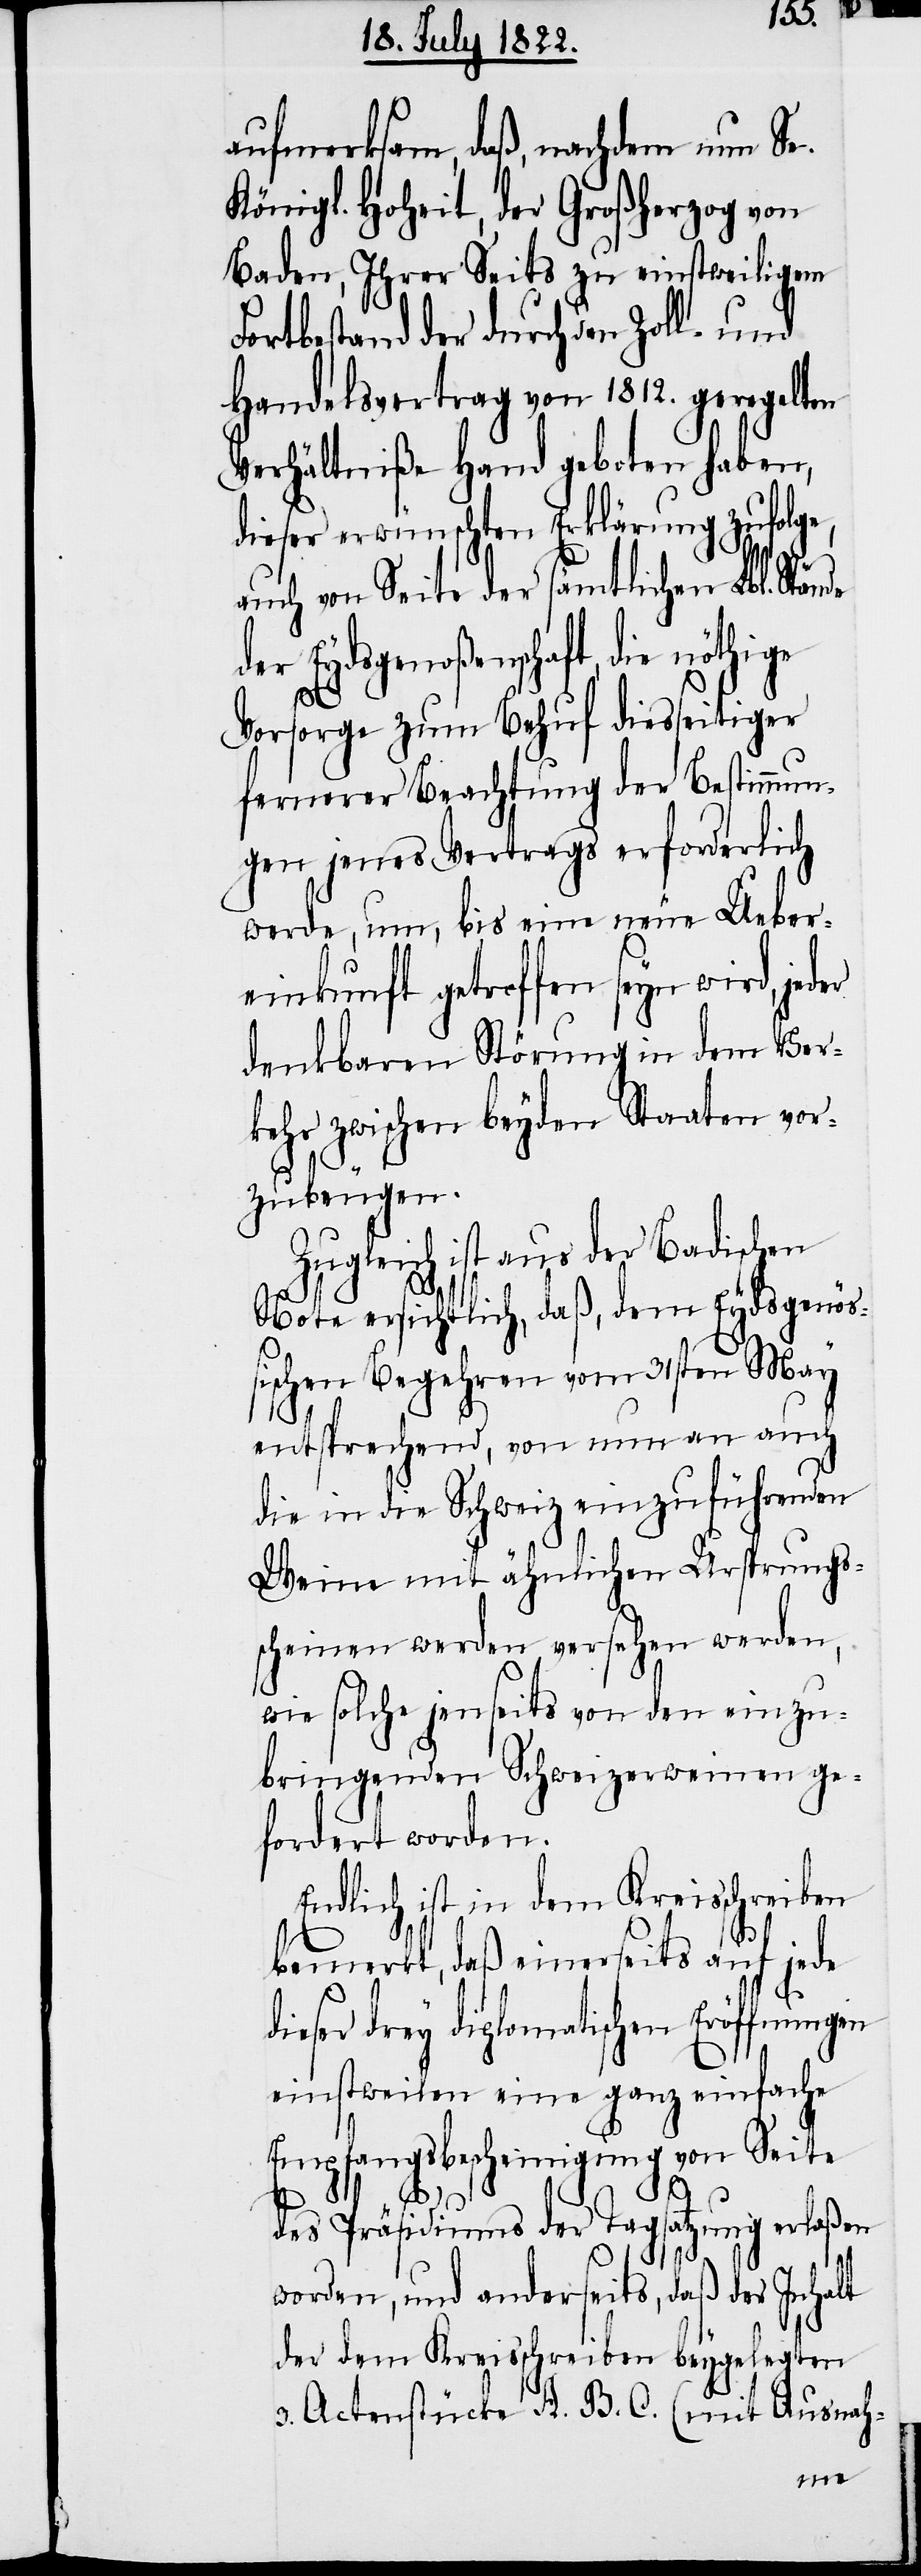
aufmerksam, daß, nachdem nun Se.
Königl. Hoheit, der Großherzog von
Baden, Ihrer Seits zu einstweiligem
Fortbestand der durch den Zoll- und
Handelsvertrag von 1812. geregelten
Verhältniße Hand geboten haben,
dieser erwünschten Erklärung zufolge,
auch von Seite der sämtlichen Lbl. Stän¬
der Eydsgenoßenschaft, die nöthige
der
Vorsorge zum Behuf der Besti¬
gen jenes Vertrages erforderlich
werde, um, bis eine neue Ueber¬
einkunft getroffen seyn wird, je¬
denkbaren Störung in dem Ver¬
kehr zwischen beyden Staaten vor¬
zubeugen.
Zugleich ist aus der Badischen
de
Note ersichtlich, daß, dem Eydsgenöß¬
ischen Begehren vom 31sten May
entsprechend, von nun an auch
die in die Schweiz einzuführenden
Weine mit ähnlichen Ursprungs¬
scheinen werden versehen werden,
wie solche jenseits von den einzu¬
bringenden Schweizerweinen ge¬
fordert werden.
Endlich ist in dem Kreisschreiben
bemerkt, daß einerseits auf jede
dieser drey diplomatischen Eröffnungen
einstweilen eine ganz einfache
Empfangsbescheinigung von Seite
des Präsidiums der Tagsatzung erlaßen
worden, und anderseits, daß der Inhalt
der dem Kreisschreiben beygelegten
3. Actenstücke A. B. C. (mit Ausnah-
mmun¬